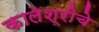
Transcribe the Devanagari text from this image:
कालेश्रीचे